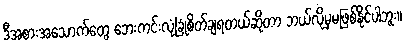
ဒီအစားအသောက်တွေ ဘေးကင်းလုံခြုံစိတ်ချရတယ်ဆိုတာ ဘယ်လိုမှမဖြစ်နိုင်ပါဘူး။